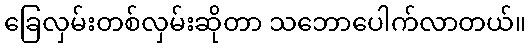
ခြေလှမ်းတစ်လှမ်းဆိုတာ သဘောပေါက်လာတယ်။